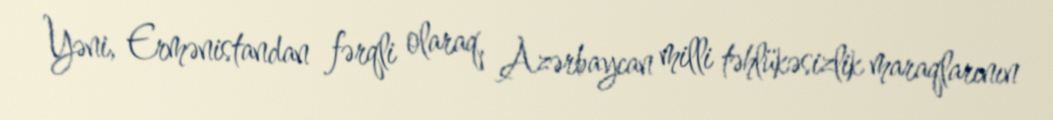
Yəni, Ermənistandan fərqli olaraq, Azərbaycan milli təhlükəsizlik maraqlarının